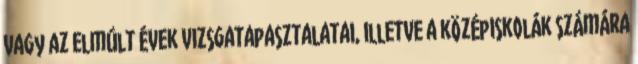
vagy az elmúlt évek vizsgatapasztalatai, illetve a középiskolák számára